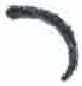
אות: ר